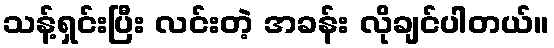
သန့်ရှင်းပြီး လင်းတဲ့ အခန်း လိုချင်ပါတယ်။